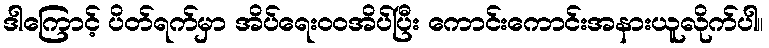
ဒါကြောင့် ပိတ်ရက်မှာ အိပ်ရေးဝဝအိပ်ပြီး ကောင်းကောင်းအနားယူလိုက်ပါ။